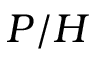
P / H